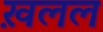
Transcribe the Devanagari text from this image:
ख़लल